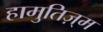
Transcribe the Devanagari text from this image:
हामुतिज़्म